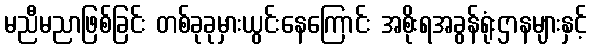
မညီမညာဖြစ်ခြင်း တစ်ခုခုမှားယွင်းနေကြောင်း အစိုးရအခွန်ရုံးဌာနများနှင့်